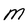
Character: M